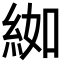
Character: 𦀌